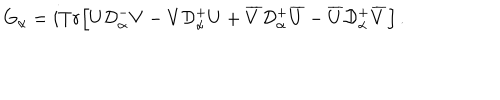
G _ { \alpha } = i T r \Big [ U { \cal D } _ { \alpha } ^ { - } V - V { \cal D } _ { \alpha } ^ { + } U + \overline { { V } } { \cal D } _ { \alpha } ^ { + } \overline { { U } } - \overline { { U } } { \cal D } _ { \alpha } ^ { + } \overline { { V } } \Big ] \, .